38_143685_box7_Incident_Summaries_1-100
Agency: Department of War
Page 165
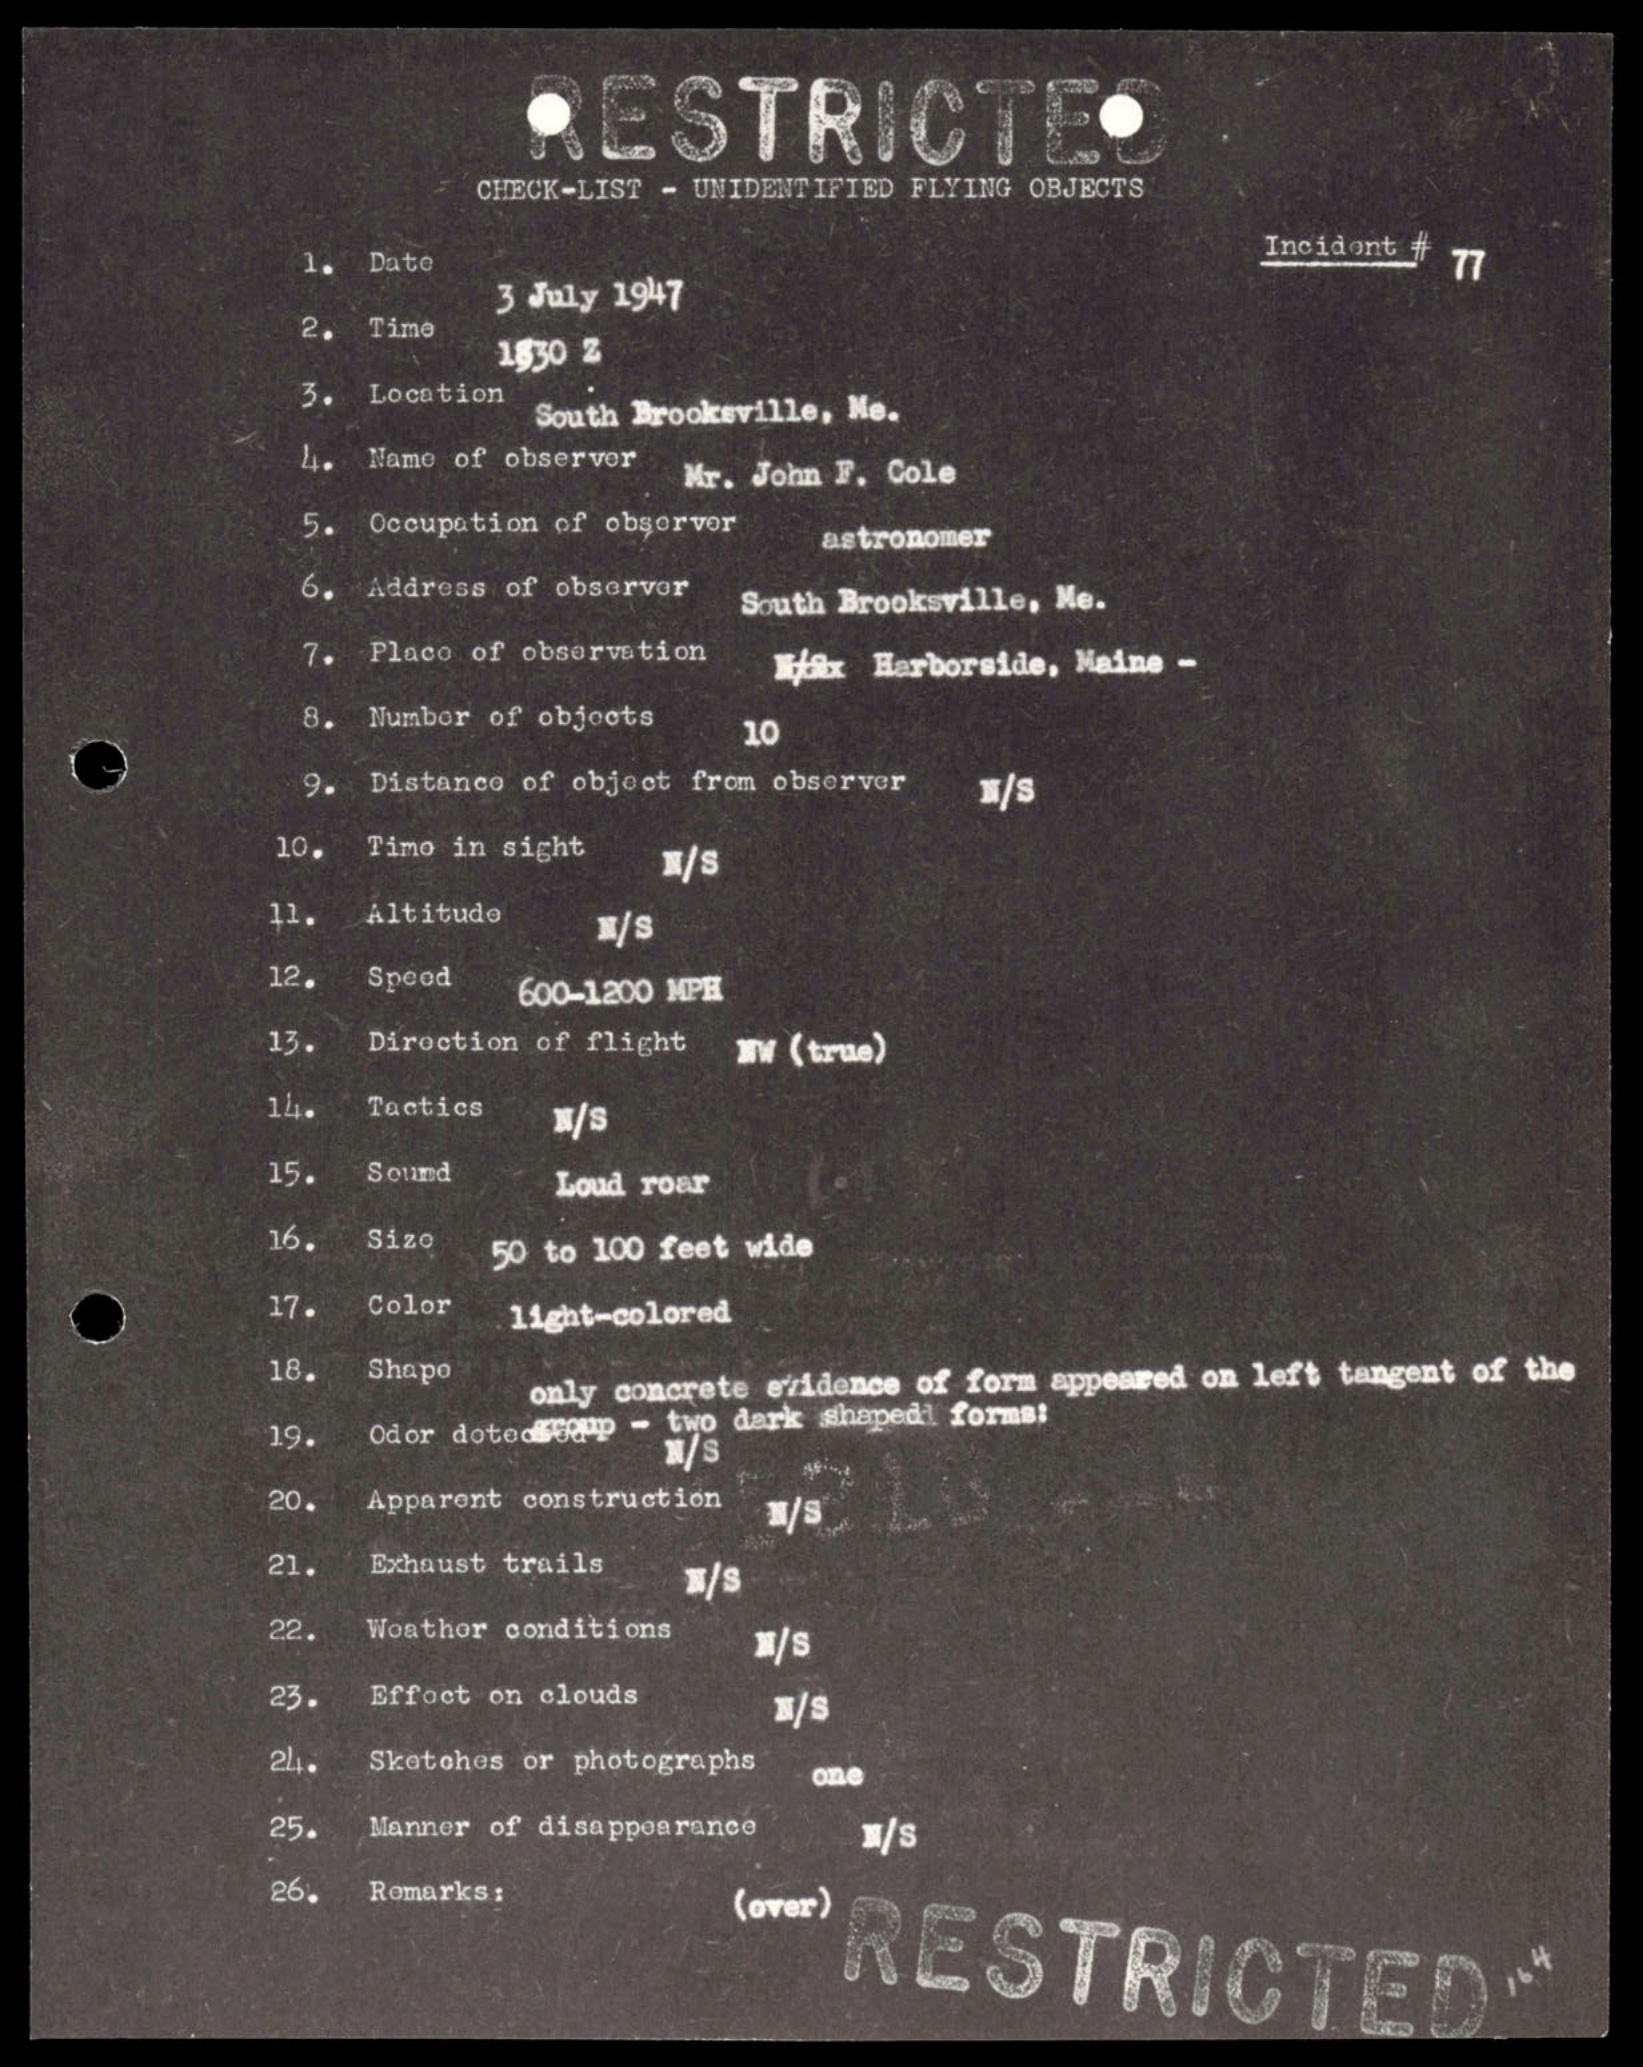